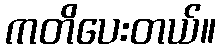
ကတိပေးတယ်။